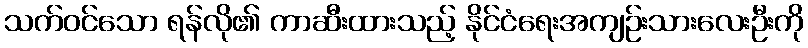
သက်ဝင်သော ရန်လို၏ ကာဆီးထားသည့် နိုင်ငံရေးအကျဉ်းသားလေးဦးကို